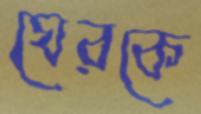
ঘেরকে